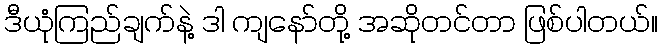
ဒီယုံကြည်ချက်နဲ့ ဒါ ကျနော်တို့ အဆိုတင်တာ ဖြစ်ပါတယ်။